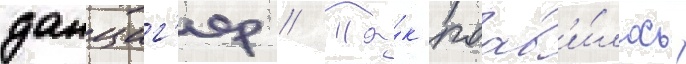
данциг'ер // Та́к поав'и́лось